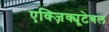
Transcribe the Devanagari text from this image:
एक्ज़िक्यूटेबल